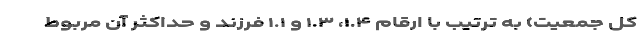
کل جمعیت) به ترتیب با ارقام ۱.۴، ۱.۳ و ۱.۱ فرزند و حداکثر آن مربوط